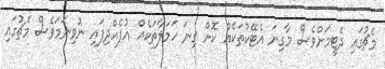
މެޗުގައި ދެޓީމަށްވެސް މާގިނަ އެޓޭކުތަކެއް ކޮށް ގިނަ ހަމަލާތަކެއް އުފެއްދިފައި ނުވިނަމަވެސް މެޗުގައި